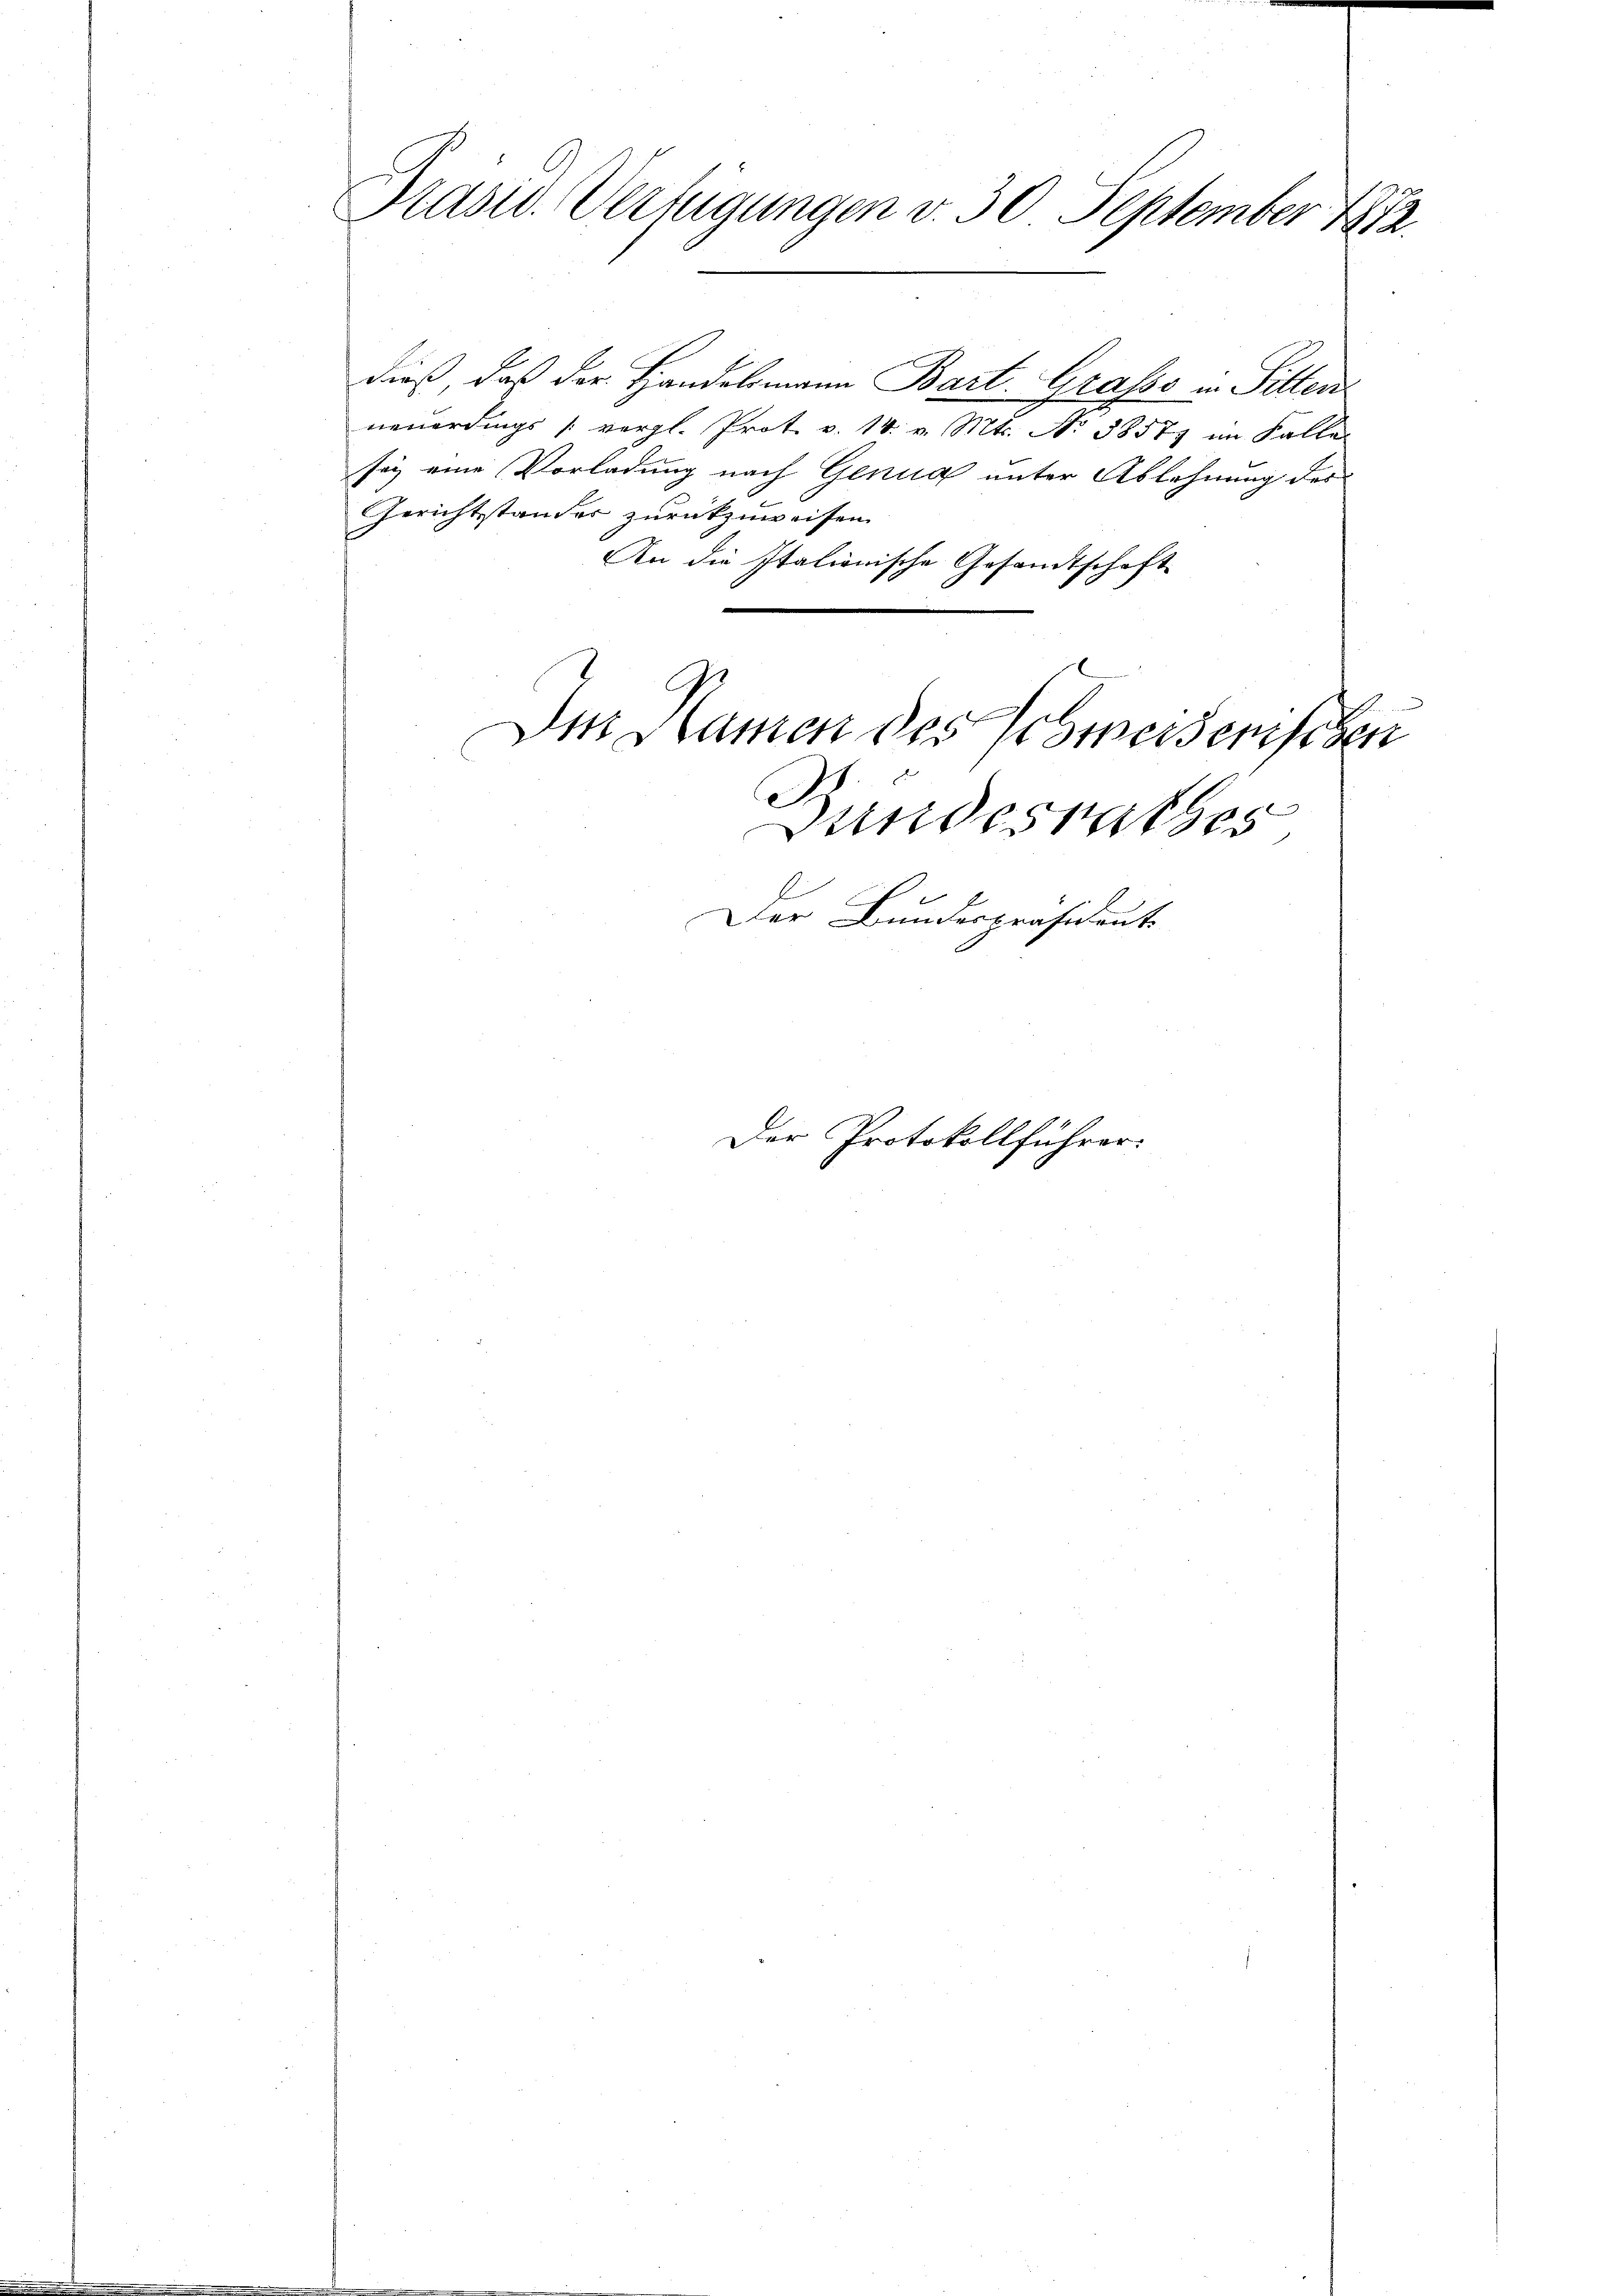
Präsid. Verfügungen v. 30 September 1872.

dieß, daß der Handelsmann Bart Grasso in Sitten
neuerdings (vergl. Prot. v. 14. v. Mts. No 38577 im Falle
sey eine Vorladung nach Genua unter Ablehnung des
Gerichtstander zurückzuweisen.
An die Italionische Gesandtschaft

Der Namen des Schmeiserischen

Bundesrathes
Der Bundespräsident

Der Protokollführer: